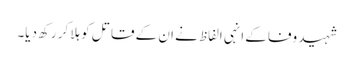
شہیدِ وفا کے انہی الفاظ نے ان کے قاتل کو ہلا کر رکھ دیا۔